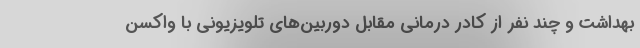
بهداشت و چند نفر از کادر درمانی مقابل دوربین‌های تلویزیونی با واکسن